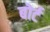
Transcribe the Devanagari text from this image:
बोर्ट